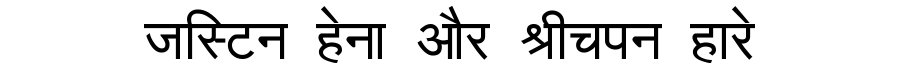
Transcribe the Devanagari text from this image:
जस्टिन हेना और श्रीचपन हारे